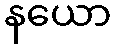
နယော